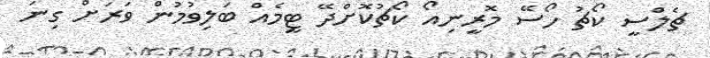
ޗެލްސީ ކޯޗު ހޯސޭ މޮރީނިއޯ ކޯޗުކޮށްދޭ ޓީމެއް ބަލިވުމުން ވަރަށް ގިނަ